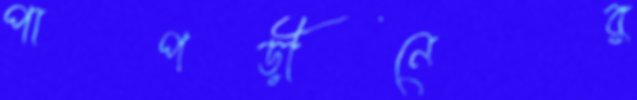
পাপড়ীনের